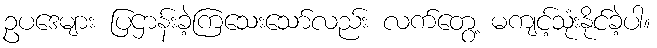
ဥပဒေများ ပြဌာန်းခဲ့ကြသေးသော်လည်း လက်တွေ့ မကျင့်သုံးနိုင်ခဲ့ပါ။